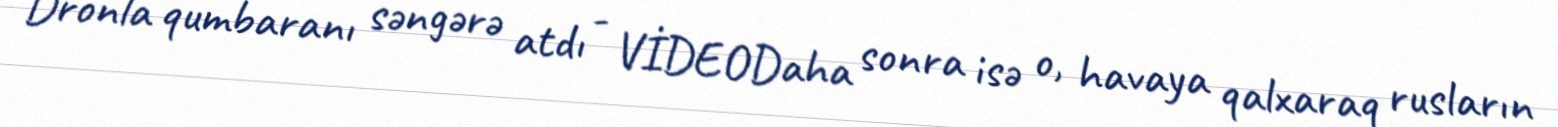
Dronla qumbaranı səngərə atdı - VİDEODaha sonra isə o, havaya qalxaraq rusların